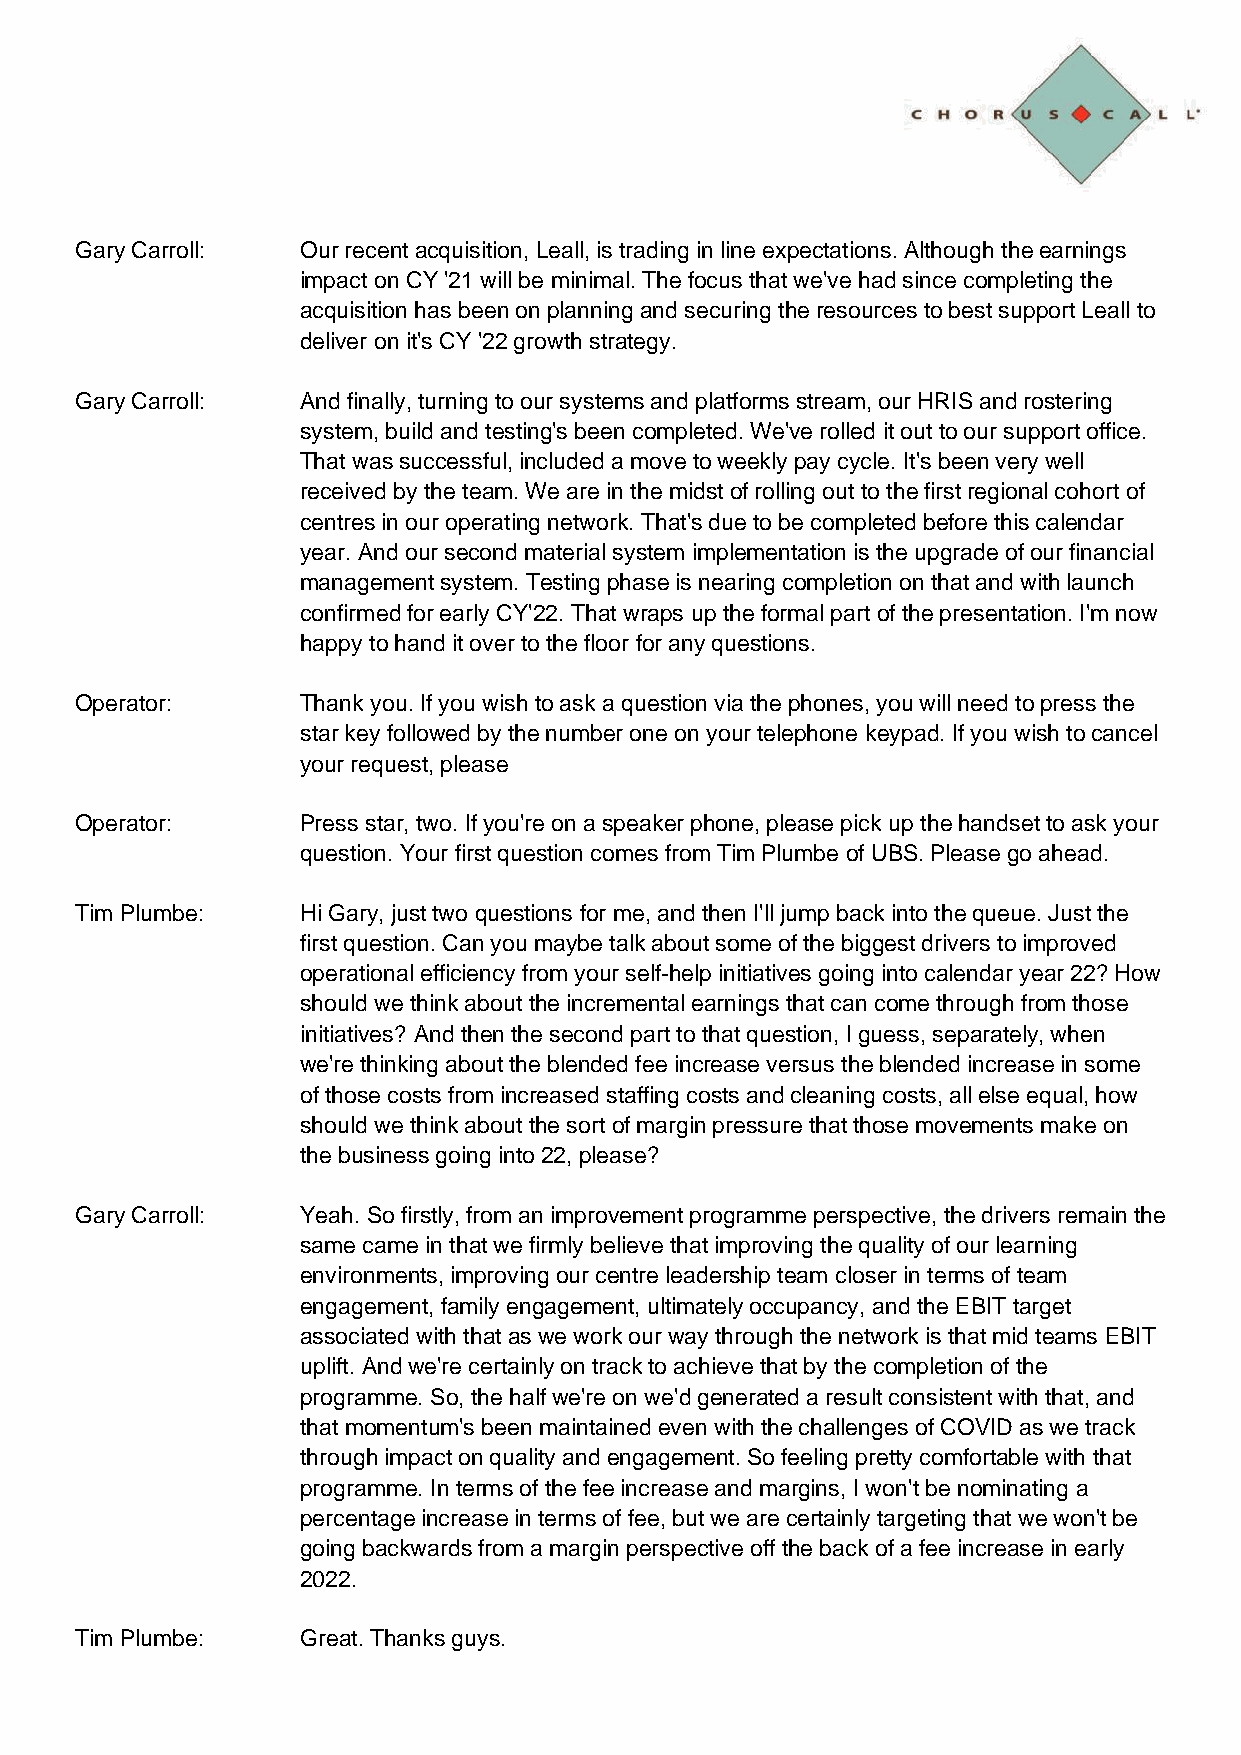
Gary Carroll:  Our recent acquisition, Leall, is trading in line expectations. Although the earnings
 impact on CY '21 will be minimal. The focus that we've had since completing the
 acquisition has been on planning and securing the resources to best support Leall to
 deliver on it's CY '22 growth strategy.
 Gary Carroll:  And finally, turning to our systems and platforms stream, our HRIS and rostering
 system, build and testing's been completed. We've rolled it out to our support office.
 That was successful, included a move to weekly pay cycle. It's been very well
 received by the team. We are in the midst of rolling out to the first regional cohort of
 centres in our operating network. That's due to be completed before this calendar
 year. And our second material system implementation is the upgrade of our financial
 management system. Testing phase is nearing completion on that and with launch
 confirmed for early CY'22. That wraps up the formal part of the presentation. I'm now
 happy to hand it over to the floor for any questions.
 Operator:      Thank you. If you wish to ask a question via the phones, you will need to press the
 star key followed by the number one on your telephone keypad. If you wish to cancel
 your request, please
 Operator:      Press star, two. If you're on a speaker phone, please pick up the handset to ask your
 question. Your first question comes from Tim Plumbe of UBS. Please go ahead.
 Tim Plumbe:    Hi Gary, just two questions for me, and then I'll jump back into the queue. Just the
 first question. Can you maybe talk about some of the biggest drivers to improved
 operational efficiency from your self-help initiatives going into calendar year 22? How
 should we think about the incremental earnings that can come through from those
 initiatives? And then the second part to that question, I guess, separately, when
 we're thinking about the blended fee increase versus the blended increase in some
 of those costs from increased staffing costs and cleaning costs, all else equal, how
 should we think about the sort of margin pressure that those movements make on
 the business going into 22, please?
 Gary Carroll:  Yeah. So firstly, from an improvement programme perspective, the drivers remain the
 same came in that we firmly believe that improving the quality of our learning
 environments, improving our centre leadership team closer in terms of team
 engagement, family engagement, ultimately occupancy, and the EBIT target
 associated with that as we work our way through the network is that mid teams EBIT
 uplift. And we're certainly on track to achieve that by the completion of the
 programme. So, the half we're on we'd generated a result consistent with that, and
 that momentum's been maintained even with the challenges of COVID as we track
 through impact on quality and engagement. So feeling pretty comfortable with that
 programme. In terms of the fee increase and margins, I won't be nominating a
 percentage increase in terms of fee, but we are certainly targeting that we won't be
 going backwards from a margin perspective off the back of a fee increase in early
 2022.
 Tim Plumbe:    Great. Thanks guys.